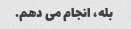
بله، انجام می دهم.